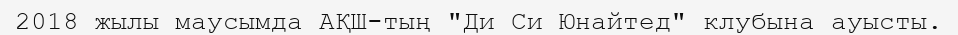
2018 жылы маусымда АҚШ-тың "Ди Си Юнайтед" клубына ауысты.